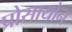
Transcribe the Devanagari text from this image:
प्रोसायोन